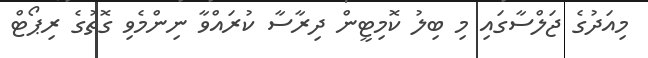
މިއަދުގެ ޖަލްސާގައި މި ބިލު ކޮމިޓީން ދިރާސާ ކުރައްވާ ނިންމެވި ގޮތުގެ ރިޕޯޓް